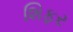
શિફર